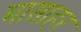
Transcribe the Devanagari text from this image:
मासाहर